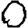
Digit: 0